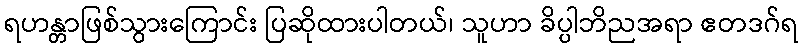
ရဟန္တာဖြစ်သွားကြောင်း ပြဆိုထားပါတယ်၊ သူဟာ ခိပ္ပါဘိညအရာ ဧတဒဂ်ရ